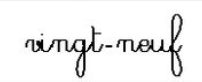
vingt-neuf